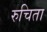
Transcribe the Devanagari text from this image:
रुचिता